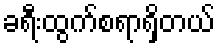
ခရီးထွက်စရာရှိတယ်